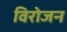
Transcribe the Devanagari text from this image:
विरोजन